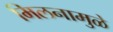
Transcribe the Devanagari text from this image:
मिलनामुळे